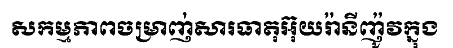
សកម្មភាពចម្រាញ់សារធាតុអ៊ុយរ៉ានីញ៉ូវក្នុង